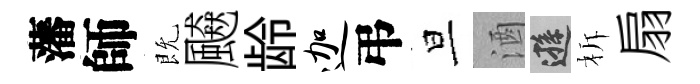
藩師既飇龄迦弔旦酒遜柝扇